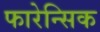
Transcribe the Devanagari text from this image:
फारेन्सिक